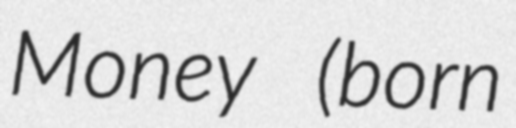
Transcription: Money (born